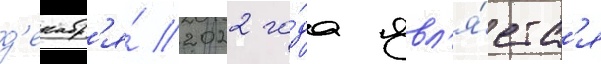
д'екабр'я́ 2022 го́да явл'я́етс'я